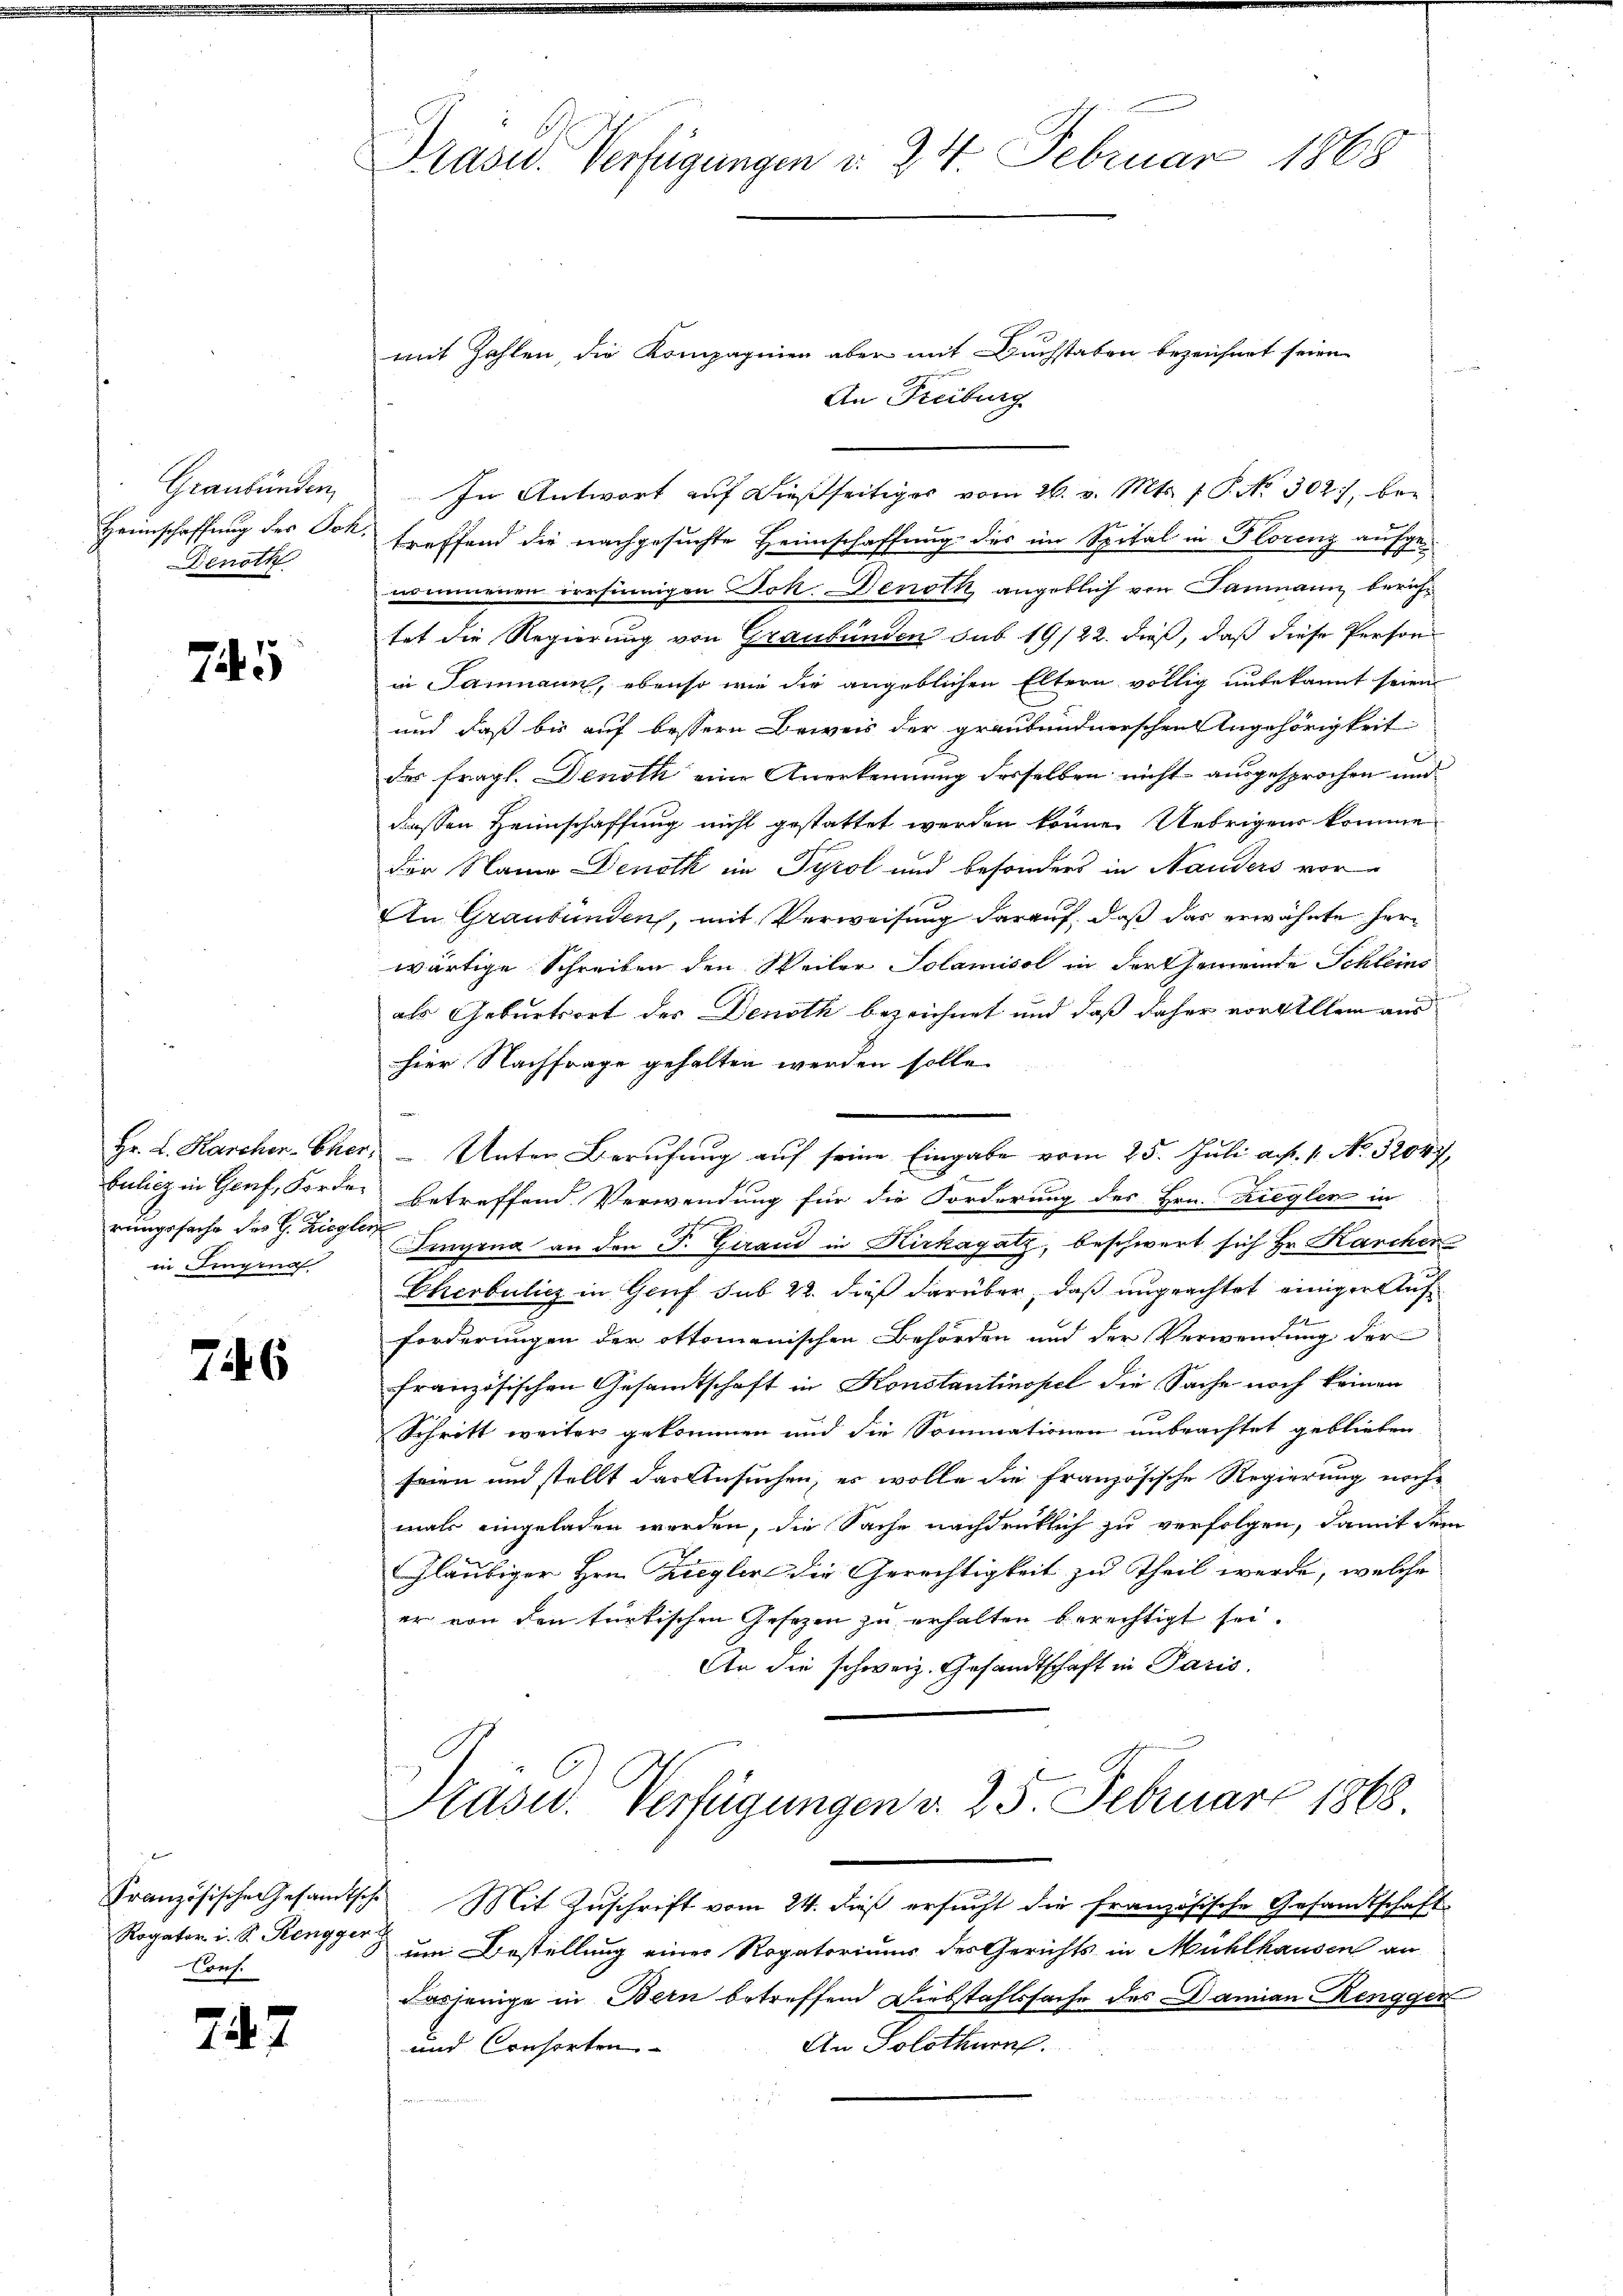
Graubünden,
Heimschaffung des Joh.
Denoth

745

Hr. L. Karcher-Eher
bulich in Genf, Forder
rungsfache des H. Zieglein Linging

746

Französische Gesandtsch
Rogator i. S. Rengger
Conf.

747

Präsid. Verfügungen d. 24. Februar 1868

mit Zahlen, die Kompagnien aber mit Buchstaben bezeichnet seien.

An Freiburg
In Antwort auf dießseitiges vom 26. v. Mts. f. P. Nr. 302, betreffend die nachgesuchte Heimschaffung des im Spital in Florenz aufgenommenen versinnigen Jok. Denoth angeblich von Baumann berichtet die Regierung von Graubünden sub 19/22. dieß, daß diese Person
in Saumann, ebenso wie die angeblichen Eltern völlig unbekannt seien
und daß bis auf bessere Beweis der graubündnerschen Angehörigkeit
des fragl. Denoth eine Anerkennung derselben nicht ausgesprochen und
dessen Heimschaffung nicht gestattet werden könne. Uebrigens komme
der Name Denoth im Tyrol und besonders in Nauders vor-
An Graubünden, mit Verweisung darauf, daß das erwähnte herwärtige Schreiben den Weiler Solamisol in der Gemeinde Schleins
als Geburtsort des Denoth bezeichnet und daß daher vorgellem and
hier Nachfrage gehalten werden solle.
 Unter Berufung auf seine Eingabe vom 25. Juli a. f. 1. No. 32047,
betreffend Verwendung für die Forderung des Hrn. Riegler in
f
Fenyena an den P. Gerand in Kirkagatz, beschwert sich Hr. Karcher
Cherbulich in Genf sub 22. dieß darüber, daß ungeachtet einiger Auff
forderungen der oktomanischen Behörden und der Verwendung der
französischen Gesandtschaft in Konstantinopel die Sache noch keinen
Schritt weiter gekommen und die Sommationen unbrachtet geblieben
seien und stellt das Ansuchen, es wolle die französische Regierung nochmals eingeladen werden, die Sache nachdrüklich zu verfolgen, damit dem
Gläubiger Hrn. Ziegler die Gerechtigkeit zu Theil werde, welche
er von den türkischen Gesetzen zu erhalten berechtigt sei.
An die schweiz. Gesandtschaft in Paris.
Präsid. Verfügungen v. 25. Februar 1868
Mit Zuschrift vom 24. dieß ersucht die französische Gesandtschaft
um Bestellung einer Rogatoriums des Gerichts in Mühlhausen an
dasjenige in Bern betreffend Diebstahlssache des Damian Rengger
An Solothurn.
und Consorten